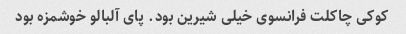
کوکی چاکلت فرانسوی خیلی شیرین بود. پای آلبالو خوشمزه بود